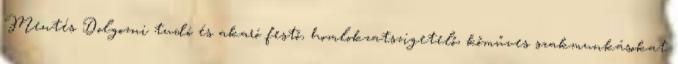
Mentés Dolgozni tudó és akaró festő, homlokzatszigetelő, kőműves szakmunkásokat